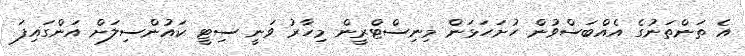
އެ ތަންތަނުގެ އެއްބަސްވުން ހުށަހަޅަން މިނިސްޓްރީން މިހާރު ވަނީ ސިޓީ ކައުންސިލަށް އަންގައިފަ